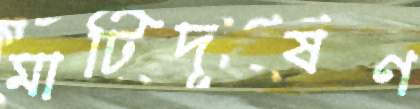
মাটিদূষণ